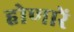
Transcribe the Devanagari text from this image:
होणारें